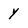
Character: y